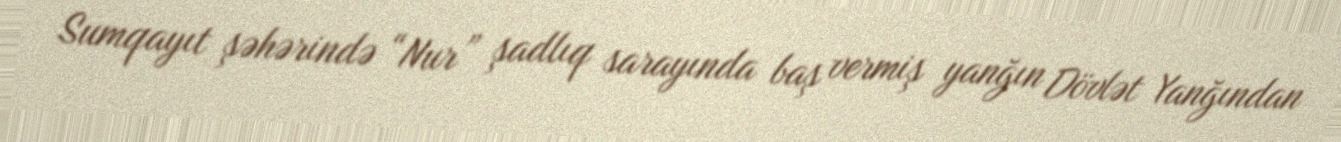
Sumqayıt şəhərində “Nur” şadlıq sarayında baş vermiş yanğın Dövlət Yanğından